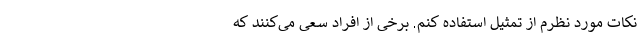
نکات مورد نظرم از تمثیل استفاده کنم. برخی از افراد سعی می‌کنند که